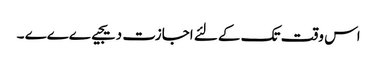
اس وقت تک کے لئے اجازت دیجیےےےے ۔